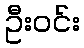
ဦးဝင်း